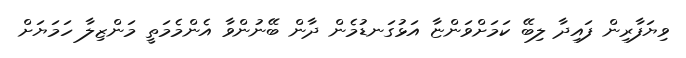
ވިޔަފާރިން ފައިދާ ލިބޭ ކަމަށްވަންޏާ އަޅުގަނޑުމެން ދާން ބޭނުންވާ އެންމެމަތީ މަންޒިލާ ހަމަޔަށް